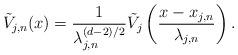
LaTeX: \begin{align*} \tilde{V}_{j,n} (x) = \frac{1}{\lambda_{j,n}^{(d-2)/2}} \tilde{V}_{j} \left(\frac{x - x_{j,n}}{\lambda_{j,n}}\right).\end{align*}